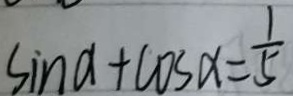
\sin a + \cos x = \frac { 1 } { 5 }